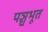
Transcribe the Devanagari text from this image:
पञ्चभूत